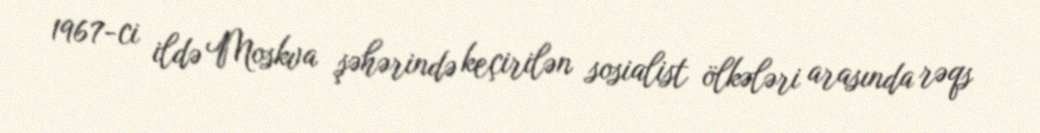
1967-ci ildə Moskva şəhərində keçirilən sosialist ölkələri arasında rəqs